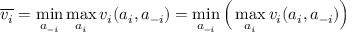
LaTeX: { \overline { { v _ { i } } } } = \operatorname* { m i n } _ { a _ { - i } } \operatorname* { m a x } _ { a _ { i } } { v _ { i } ( a _ { i } , a _ { - i } ) } = \operatorname* { m i n } _ { a _ { - i } } { \Big ( } \operatorname* { m a x } _ { a _ { i } } { v _ { i } ( a _ { i } , a _ { - i } ) } { \Big ) }